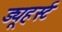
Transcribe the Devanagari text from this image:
ड्यूहर्स्ट